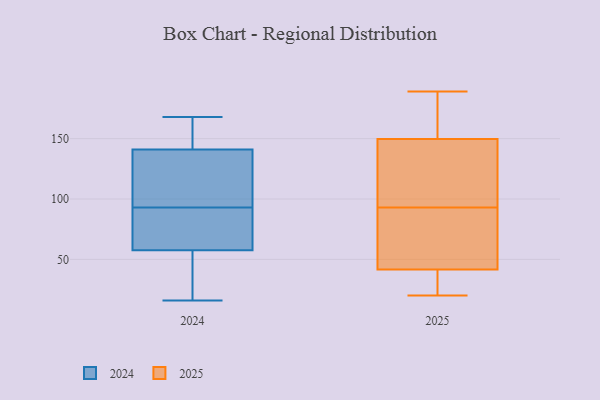
{"axis": {"x": "Population (Million)", "y": "Value"}, "legend": ["2024", "2025"], "data": [{"x": "", "y": 16, "type": "2024"}, {"x": "", "y": 168, "type": "2024"}, {"x": "", "y": 162, "type": "2024"}, {"x": "", "y": 22, "type": "2024"}, {"x": "", "y": 135, "type": "2024"}, {"x": "", "y": 32, "type": "2024"}, {"x": "", "y": 82, "type": "2024"}, {"x": "", "y": 53, "type": "2024"}, {"x": "", "y": 102, "type": "2024"}, {"x": "", "y": 61, "type": "2024"}, {"x": "", "y": 134, "type": "2024"}, {"x": "", "y": 93, "type": "2024"}, {"x": "", "y": 166, "type": "2024"}, {"x": "", "y": 61, "type": "2024"}, {"x": "", "y": 110, "type": "2024"}, {"x": "", "y": 159, "type": "2024"}, {"x": "", "y": 59, "type": "2024"}, {"x": "", "y": 157, "type": "2025"}, {"x": "", "y": 26, "type": "2025"}, {"x": "", "y": 20, "type": "2025"}, {"x": "", "y": 26, "type": "2025"}, {"x": "", "y": 92, "type": "2025"}, {"x": "", "y": 189, "type": "2025"}, {"x": "", "y": 107, "type": "2025"}, {"x": "", "y": 128, "type": "2025"}, {"x": "", "y": 165, "type": "2025"}, {"x": "", "y": 88, "type": "2025"}, {"x": "", "y": 93, "type": "2025"}]}